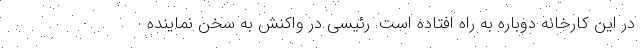
در این کارخانه دوباره به راه افتاده است. رئیسی در واکنش به سخن نماینده